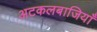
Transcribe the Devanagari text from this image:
अटकलबाजियाँ